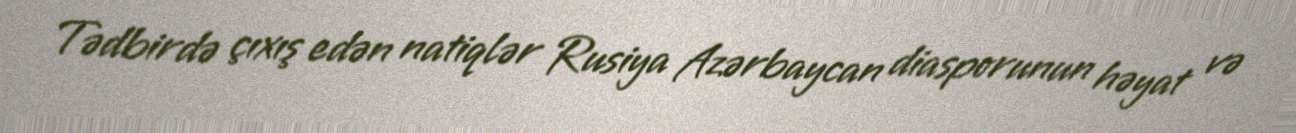
Tədbirdə çıxış edən natiqlər Rusiya Azərbaycan diasporunun həyat və